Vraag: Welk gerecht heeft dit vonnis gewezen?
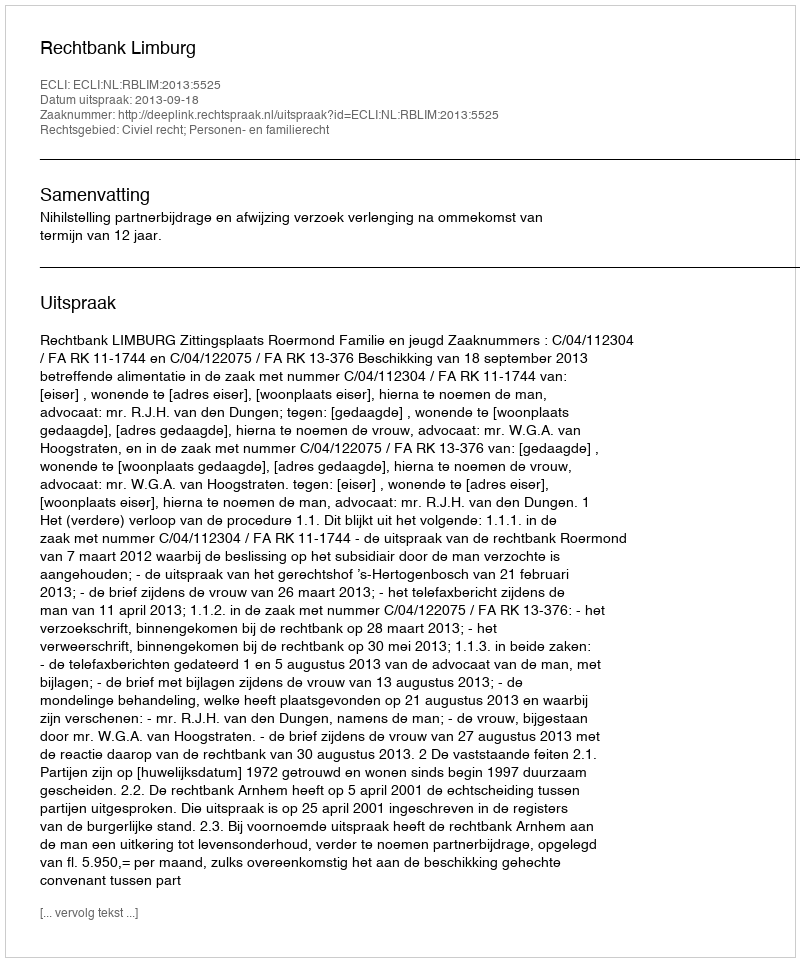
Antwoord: Rechtbank Limburg